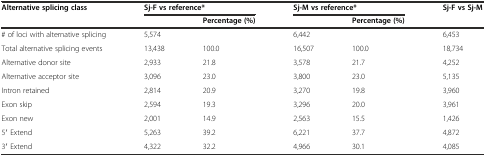
<table><thead><tr><td><b>Alternative splicing class</b></td><td colspan="2"><b>Sj-F vs reference*</b></td><td colspan="2"><b>Sj-M vs reference*</b></td><td><b>Sj-F vs Sj-M</b></td></tr><tr><td></td><td></td><td><b>Percentage (%)</b></td><td></td><td><b>Percentage (%)</b></td><td></td></tr></thead><tbody><tr><td># of loci with alternative splicing</td><td>5,574</td><td></td><td>6,442</td><td></td><td>6,453</td></tr><tr><td>Total alternative splicing events</td><td>13,438</td><td>100.0</td><td>16,507</td><td>100.0</td><td>18,734</td></tr><tr><td>Alternative donor site</td><td>2,933</td><td>21.8</td><td>3,578</td><td>21.7</td><td>4,252</td></tr><tr><td>Alternative acceptor site</td><td>3,096</td><td>23.0</td><td>3,800</td><td>23.0</td><td>5,135</td></tr><tr><td>Intron retained</td><td>2,814</td><td>20.9</td><td>3,270</td><td>19.8</td><td>3,960</td></tr><tr><td>Exon skip</td><td>2,594</td><td>19.3</td><td>3,296</td><td>20.0</td><td>3,961</td></tr><tr><td>Exon new</td><td>2,001</td><td>14.9</td><td>2,563</td><td>15.5</td><td>1,426</td></tr><tr><td>5′ Extend</td><td>5,263</td><td>39.2</td><td>6,221</td><td>37.7</td><td>4,872</td></tr><tr><td>3′ Extend</td><td>4,322</td><td>32.2</td><td>4,966</td><td>30.1</td><td>4,085</td></tr></tbody></table>